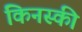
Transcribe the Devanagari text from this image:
किनस्की